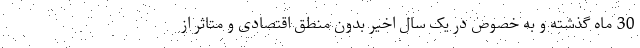
30 ماه گذشته و به خصوص در یک سال اخیر بدون منطق اقتصادی و متاثر از